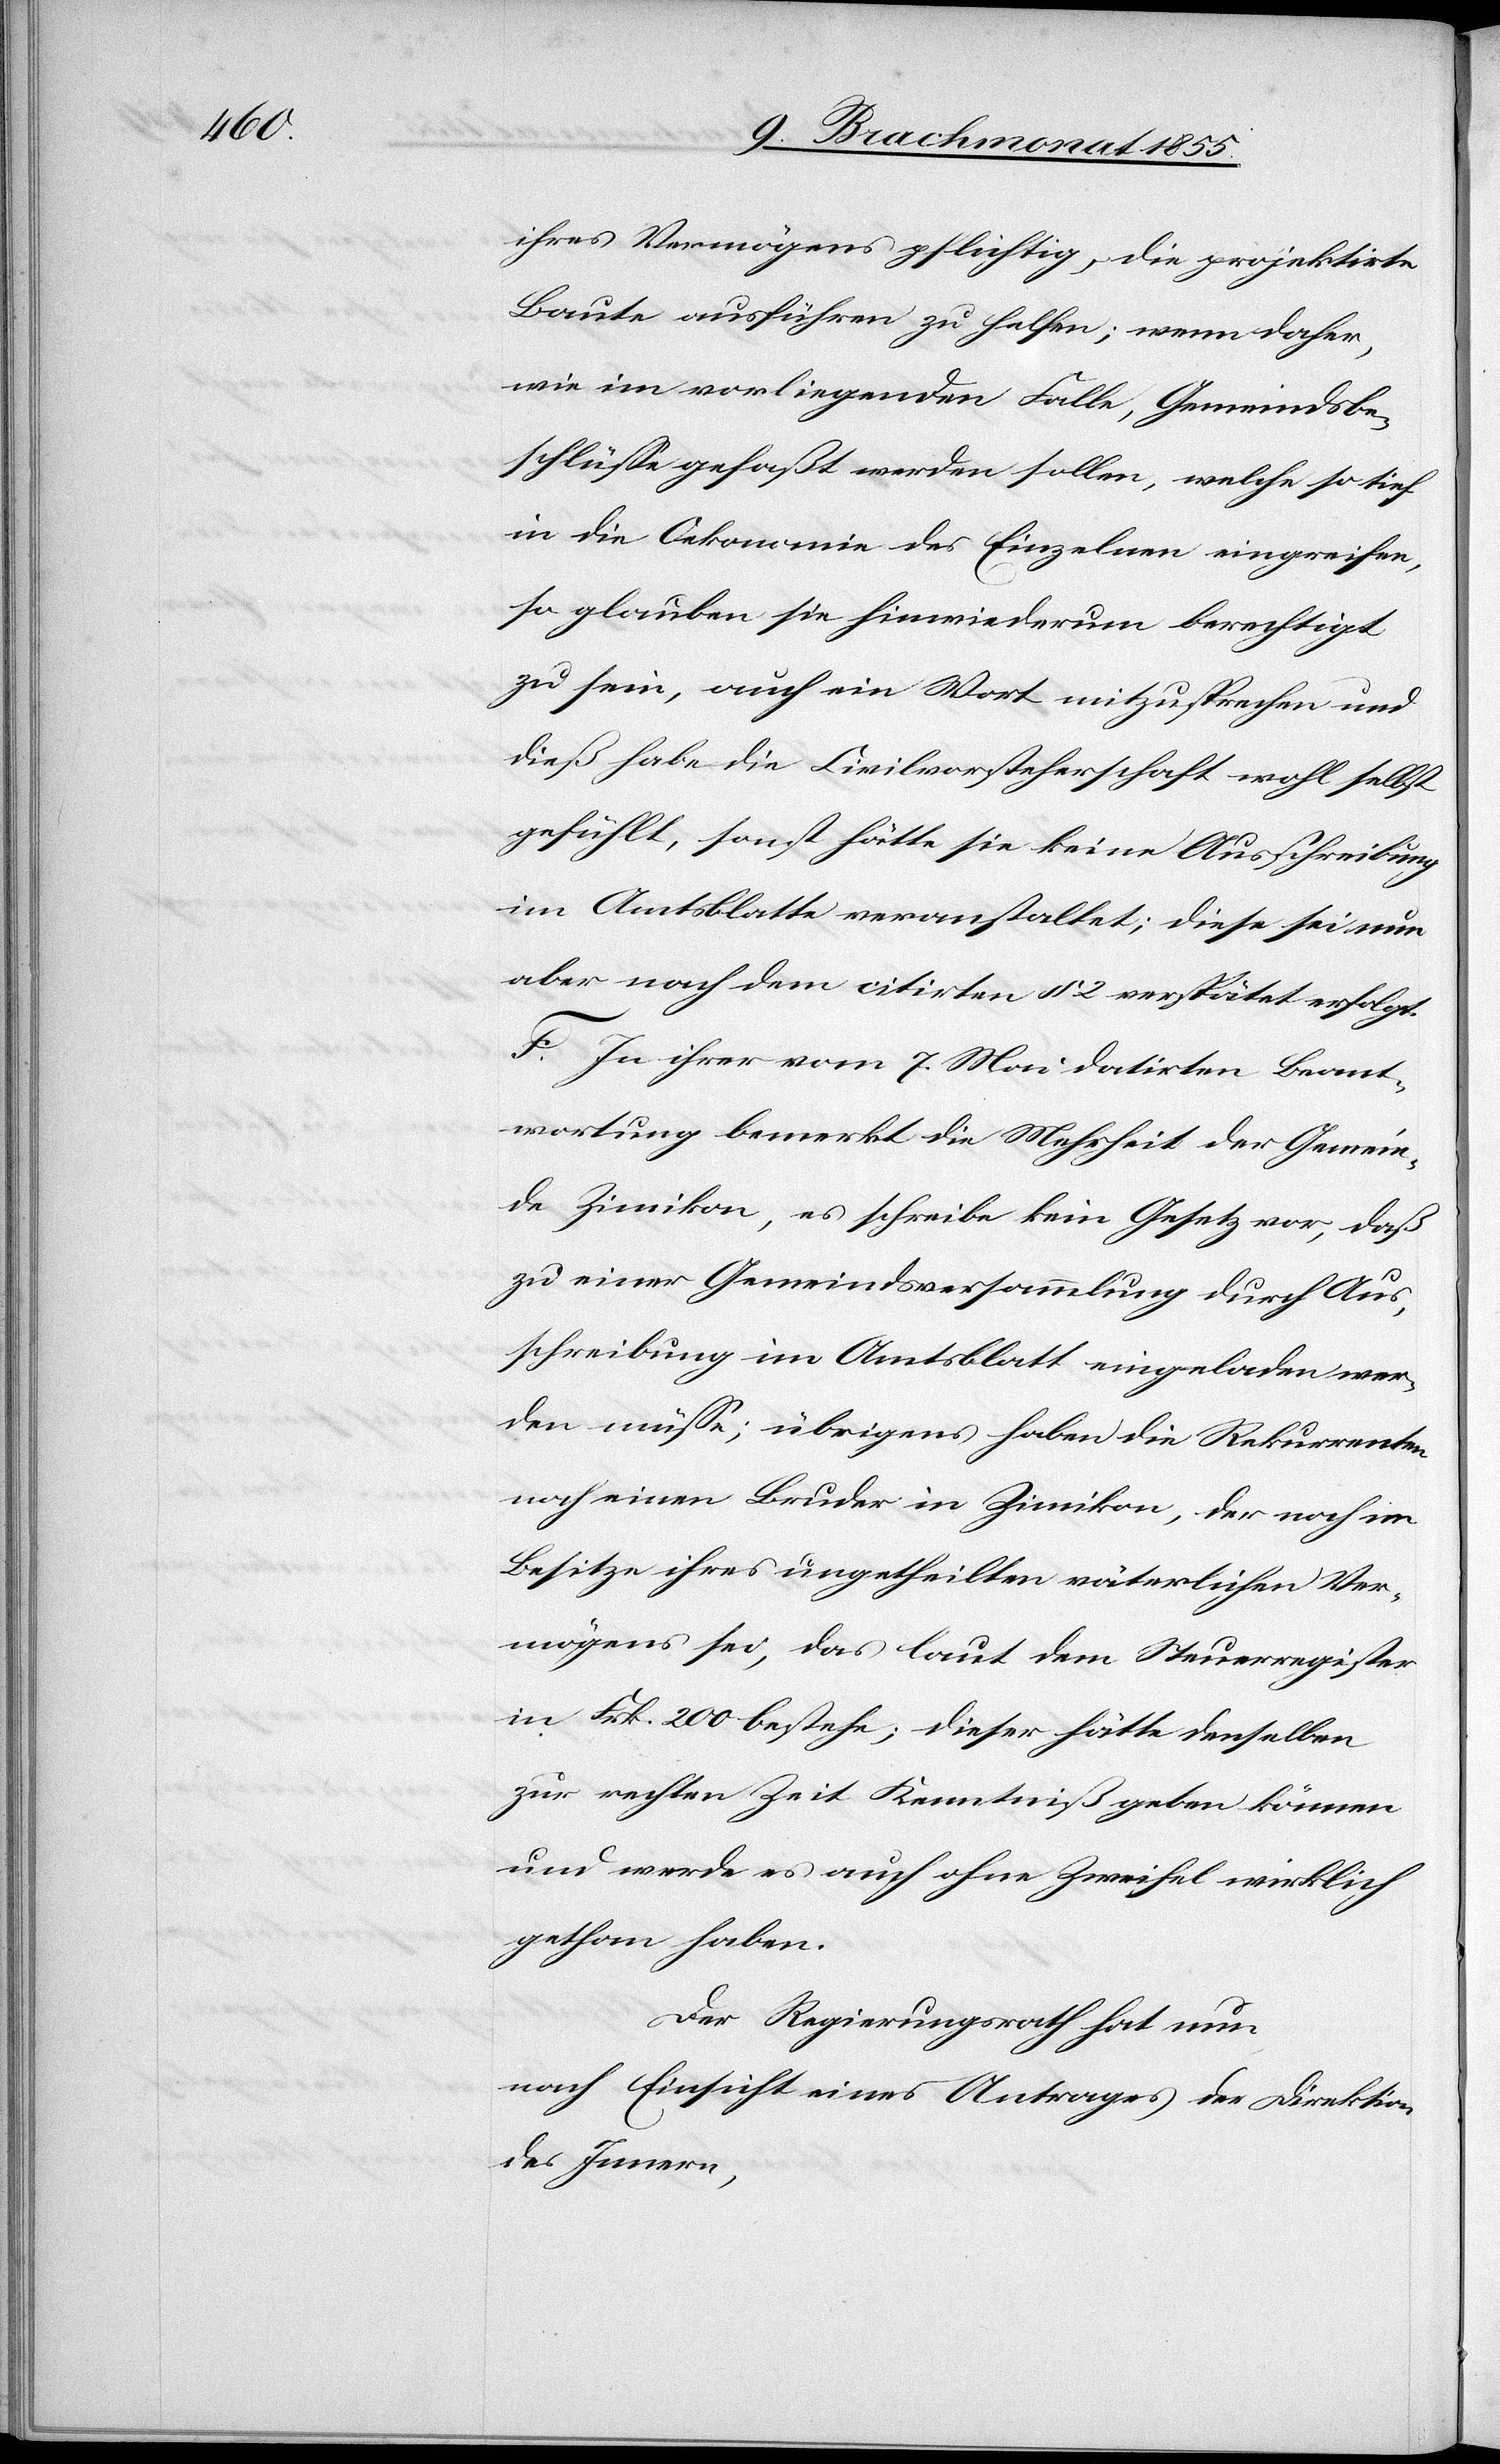
ihres Vermögens pflichtig, die projektirte
Baute ausführen zu helfen; wenn daher,
wie im vorliegenden Falle, Gemeindsbe¬
schlüsse gefaßt werden sollen, welche so tief
in die Oekonomie des Einzelnen eingreifen,
so glauben sie hinwiederum berechtigt
zu sein, auch ein Wort mitzusprechen und
dieß habe die Civilvorsteherschaft wohl selbst
gefühlt, sonst hätte sie keine Ausschreibung
im Amtsblatte veranstaltet; diese sei nun
aber nach dem citirten § 2 verspätet erfolgt.
F. In ihrer vom 7. Mai datirten Beant¬
wortung bemerkt die Mehrheit der Gemein¬
de Zimikon, es schreibe kein Gesetz vor, daß
zu einer Gemeindsversammlung durch Aus¬
schreibung im Amtsblatt eingeladen wer¬
den müsse; übrigens haben die Rekurrenten
noch einen Bruder in Zimikon, der noch im
Besitze ihres ungetheilten väterlichen Ver¬
mögens sei, das laut dem Steuerregister
in Frk. 200 bestehe; dieser hätte denselben
zur rechten Zeit Kenntniß geben können
und werde es auch ohne Zweifel wirklich
gethan haben.
Der Regierungsrath hat nun,
nach Einsicht eines Antrages der Direktion
des Innern,